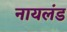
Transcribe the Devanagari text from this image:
नायलंड